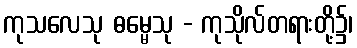
ကုသလေသု ဓမ္မေသု - ကုသိုလ်တရားတို့၌၊